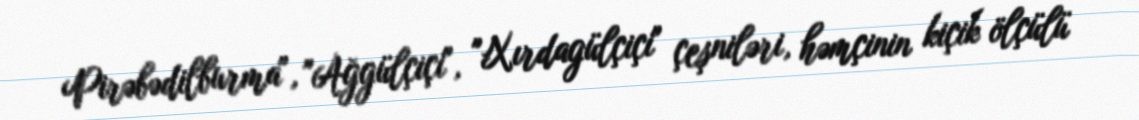
Pirəbədilburma", "Ağgülçiçi", "Xırdagülçiçi" çeşniləri, həmçinin kiçik ölçülü